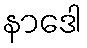
နာဒေါ